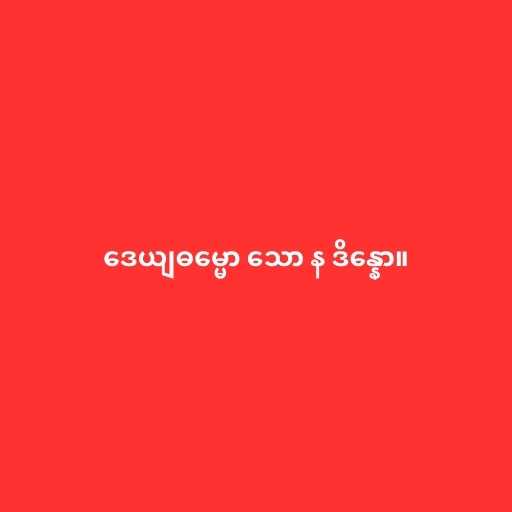
ဒေယျဓမ္မော သော န ဒိန္နော။